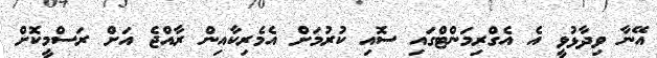
އޭނާ ވިދާޅުވީ އެ އެގްރިމަންޓްގައި ސޮއި ކުރުމަށް އެމެރިކާއިން ރާއްޖެ އަށް ރަސްމީކޮށް